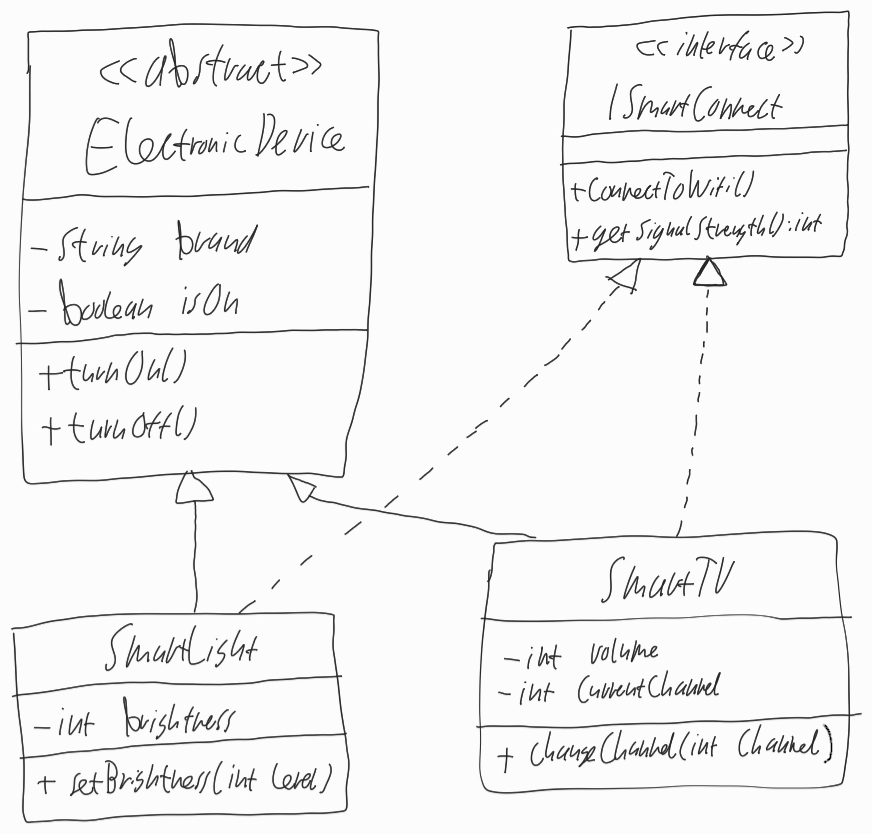
Diagram type: class_diagram
```plantuml
@startuml

abstract ElectronicDevice {
  - String brand
  - boolean isOn
  + turnOn()
  + turnOff()
}

interface ISmartConnect {
  + connectToWifi()
  + getSignalStrength(): int
}

class SmartLight implements ISmartConnect {
  - int brightness
  + setBrightness(int level)
}

class SmartTV implements ISmartConnect {
  - int volume
  - int currentChannel
  + changeChannel(int Channel)
}

ElectronicDevice <|-- SmartLight
ElectronicDevice <|-- SmartTV

@enduml
```